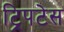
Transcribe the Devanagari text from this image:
ट्रिपटेस